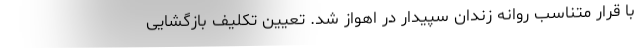
با قرار متناسب روانه زندان سپیدار در اهواز شد. تعیین تکلیف بازگشایی